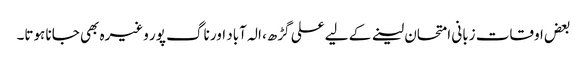
بعض اوقات زبانی امتحان لینے کے لیے علی گڑھ، الہ آباد اور ناگ پور وغیرہ بھی جانا ہوتا۔